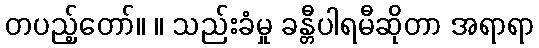
တပည့်တော်။ ။ သည်းခံမှု ခန္တီပါရမီဆိုတာ အရာရာ